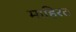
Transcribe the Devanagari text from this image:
माहिरत